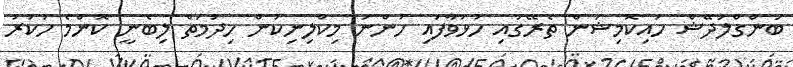
ބަންގްލަދޭޝް ހައިކޮމިޝަން ތެރޭގައި ހުޅުވާފައި ހުންނަ މިކްލިނިކުން ހިދުމަތް ލިބެނީ ކޮންމެ ހުކުރު